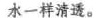
水一样清透。